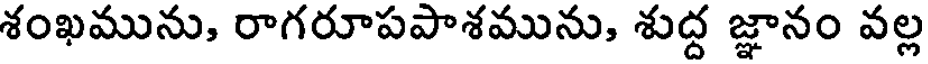
శంఖమును, రాగరూపపాశమును, శుద్ద జ్ఞానం వల్ల